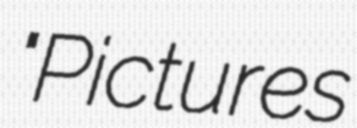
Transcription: "Pictures